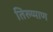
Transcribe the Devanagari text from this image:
तिरुप्पाण